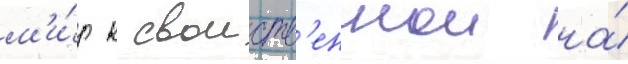
м'и́р к своиств'еннои на́